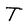
Character: T